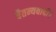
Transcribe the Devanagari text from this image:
चैतन्यवादी।